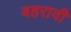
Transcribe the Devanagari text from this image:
बहरावी